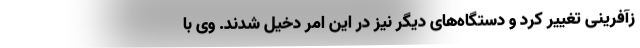
زآفرینی تغییر کرد و دستگاه‌های دیگر نیز در این امر دخیل شدند. وی با